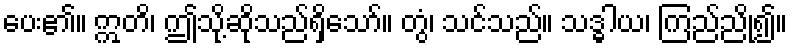
ပေး၏။ ဣတိ၊ ဤသို့ဆိုသည်ရှိသော်။ တွံ၊ သင်သည်။ သဒ္ဓါယ၊ ကြည်ညို၍။